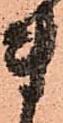
ま